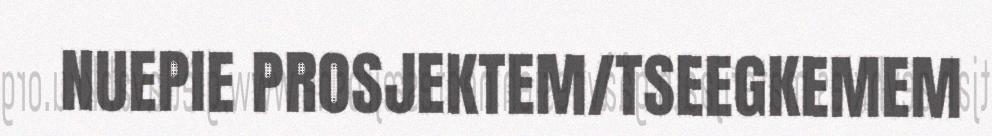
NUEPIE PROSJEKTEM/TSEEGKEMEM